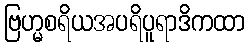
ဗြဟ္မစရိယအပရိပူရာဒိကထာ